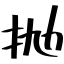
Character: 抛